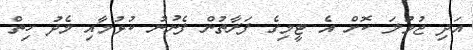
އަދި ޖުމުލަ ކޮށް އެ ޓީމިގެ ފަރާތުން ފެނުނު ކުޅުމާއި މެދު ހިތް